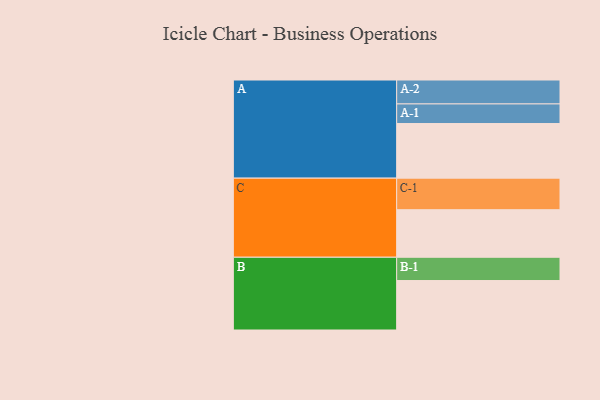
{"axis": {"x": "Segment", "y": "Value"}, "legend": ["", "A", "B", "C"], "data": [{"x": "A", "y": 516, "type": ""}, {"x": "B", "y": 467, "type": ""}, {"x": "C", "y": 449, "type": ""}, {"x": "A-1", "y": 185, "type": "A"}, {"x": "A-2", "y": 226, "type": "A"}, {"x": "B-1", "y": 220, "type": "B"}, {"x": "C-1", "y": 298, "type": "C"}]}